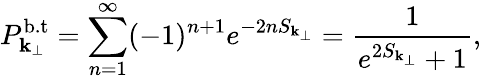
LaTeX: P_{{\mathbf k}_{\perp}}^{\mathrm{b.t}}=\sum_{n=1}^{\infty}(-1)^{n+1}e^{-2nS_{{\mathbf k}_{\perp}}}=\frac{1}{e^{2S_{{\mathbf k}_{\perp}}}+1},